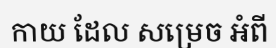
កាយ ដែល សម្រេច អំពី